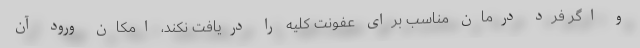
و اگر فرد درمان مناسب برای عفونت کلیه را دریافت نکند، امکان ورود آن